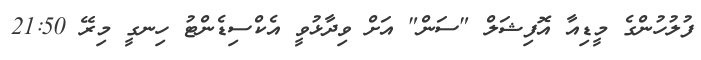
ފުލުހުންގެ މީޑިއާ އޮފިޝަލް "ސަން" އަށް ވިދާޅުވީ އެކްސިޑެންޓު ހިނގީ މިރޭ 21:50